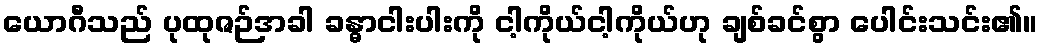
ယောဂီသည် ပုထုဇဉ်အခါ ခန္ဓာငါးပါးကို ငါ့ကိုယ်ငါ့ကိုယ်ဟု ချစ်ခင်စွာ ပေါင်းသင်း၏။